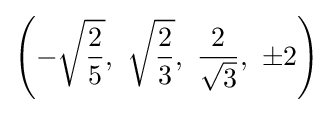
\left(-{\sqrt {2 \over 5}},\ {\sqrt {2 \over 3}},\ {\frac {2}{\sqrt {3}}},\ \pm 2\right)